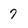
Character: 7